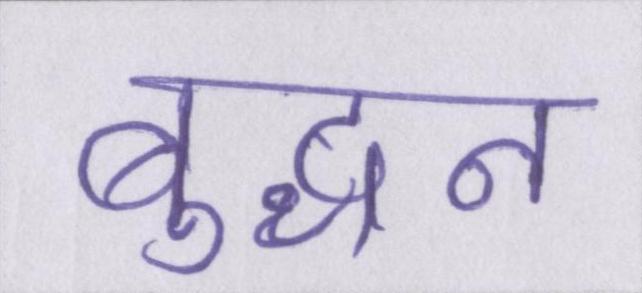
बुद्धन